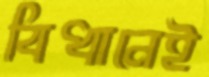
বিধানেই